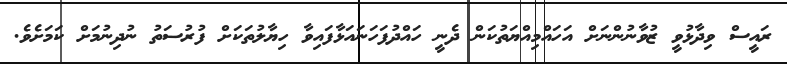
ރައީސް ވިދާޅުވީ ޒުވާނުންނަށް އަހައްމިއްޔަތުކަން ދެނީ ހައްދުފަހަނައަޅާފައިވާ ހިޔާލުތަކަށް ފުރުސަތު ނުދިނުމަށް ކަމަށެވެ.